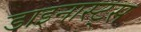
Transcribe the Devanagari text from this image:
डाइनास्ट्स